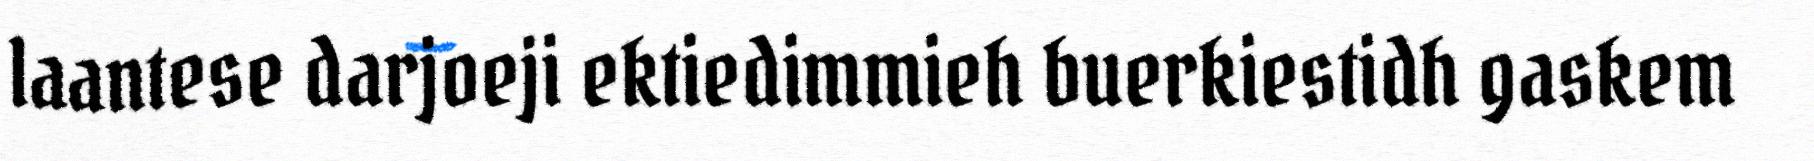
laantese darjoeji ektiedimmieh buerkiestidh gaskem